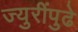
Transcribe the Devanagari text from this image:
ज्युरींपुढे